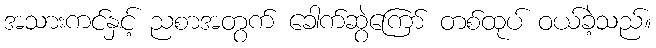
အသားကင်နှင့် ညစာအတွက် ခေါက်ဆွဲကြော် တစ်ထုပ် ဝယ်ခဲ့သည်။